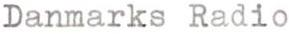
Danmarks Radio